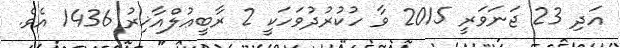
އަދި 23 ޖަނަވަރީ 2015 ވާ ހުކުރުދުވަހަކީ 2 ރާބީޢުލްއާޚިރު 1436 އެވެ.